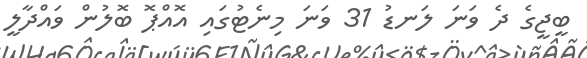
ބީޖީގެ ދެ ވަނަ ލަނޑު 31 ވަނަ މިނެޓުގައި އޮއްޕޮ ބޮލުން ވައްދާލީ